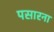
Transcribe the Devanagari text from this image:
पसारना